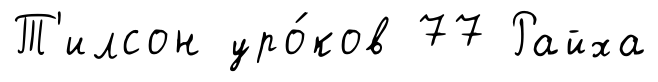
Т'илсон уро́ков 77 Райха